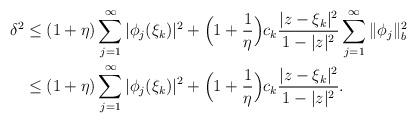
LaTeX: \begin{align*}\delta^2 & \leq (1 + \eta) \sum_{j = 1}^{\infty} |\phi_j(\xi_k)|^2 + \Big(1 + \frac{1}{\eta}\Big) c_k \frac{|z - \xi_k|^2}{1 - |z|^2} \sum_{j = 1}^{\infty} \|\phi_j\|_{b}^{2}\\& \leq (1 + \eta) \sum_{j = 1}^{\infty} |\phi_j(\xi_k)|^2 + \Big(1 + \frac{1}{\eta}\Big) c_k \frac{|z - \xi_k|^2}{1 - |z|^2}.\end{align*}